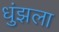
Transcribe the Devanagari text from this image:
धुंझला